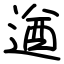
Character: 遒